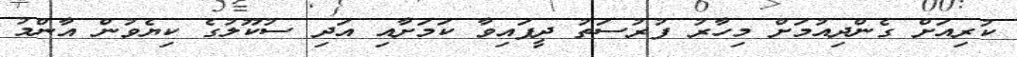
ކުރިއަށް ގެންދިއުމަށް މިހާރު ފުރުސަތު ދީފައިވާ ކަމަށާއި އަދި ސުކޫލުގެ ކިޔެވުން އާންމު